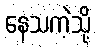
နေသကဲ့သို့